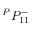
{ } ^ { P } { P } _ { 1 { 1 } } ^ { - }